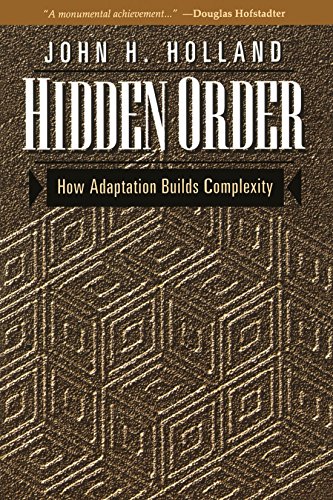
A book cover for Hidden Order: How Adaptation Builds Complexity (Helix Books); John Holland; Science & Math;